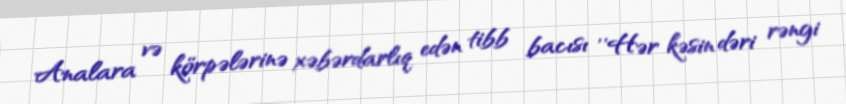
Analara və körpələrinə xəbərdarlıq edən tibb bacısı ''Hər kəsin dəri rəngi